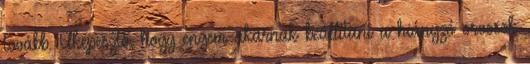
tovább. Elképesztő, hogy engem akarnak beállítani a hiányzó orvosok